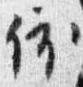
依